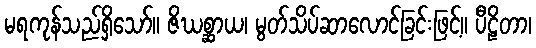
မရကုန်သည်ရှိသော်။ ဇိဃစ္ဆာယ၊ မွတ်သိပ်ဆာလောင်ခြင်းဖြင့်။ ပီဠိတာ၊